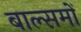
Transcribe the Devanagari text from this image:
बाल्समों